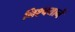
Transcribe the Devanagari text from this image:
निश्चयानें